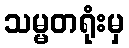
သမ္မတရုံးမှ